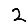
Digit: 2